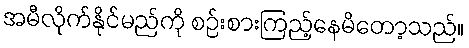
အမီလိုက်နိုင်မည်ကို စဉ်းစားကြည့်နေမိတော့သည်။